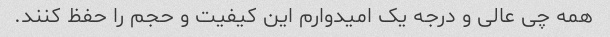
همه چی عالی و درجه یک امیدوارم این کیفیت و حجم را حفظ کنند.